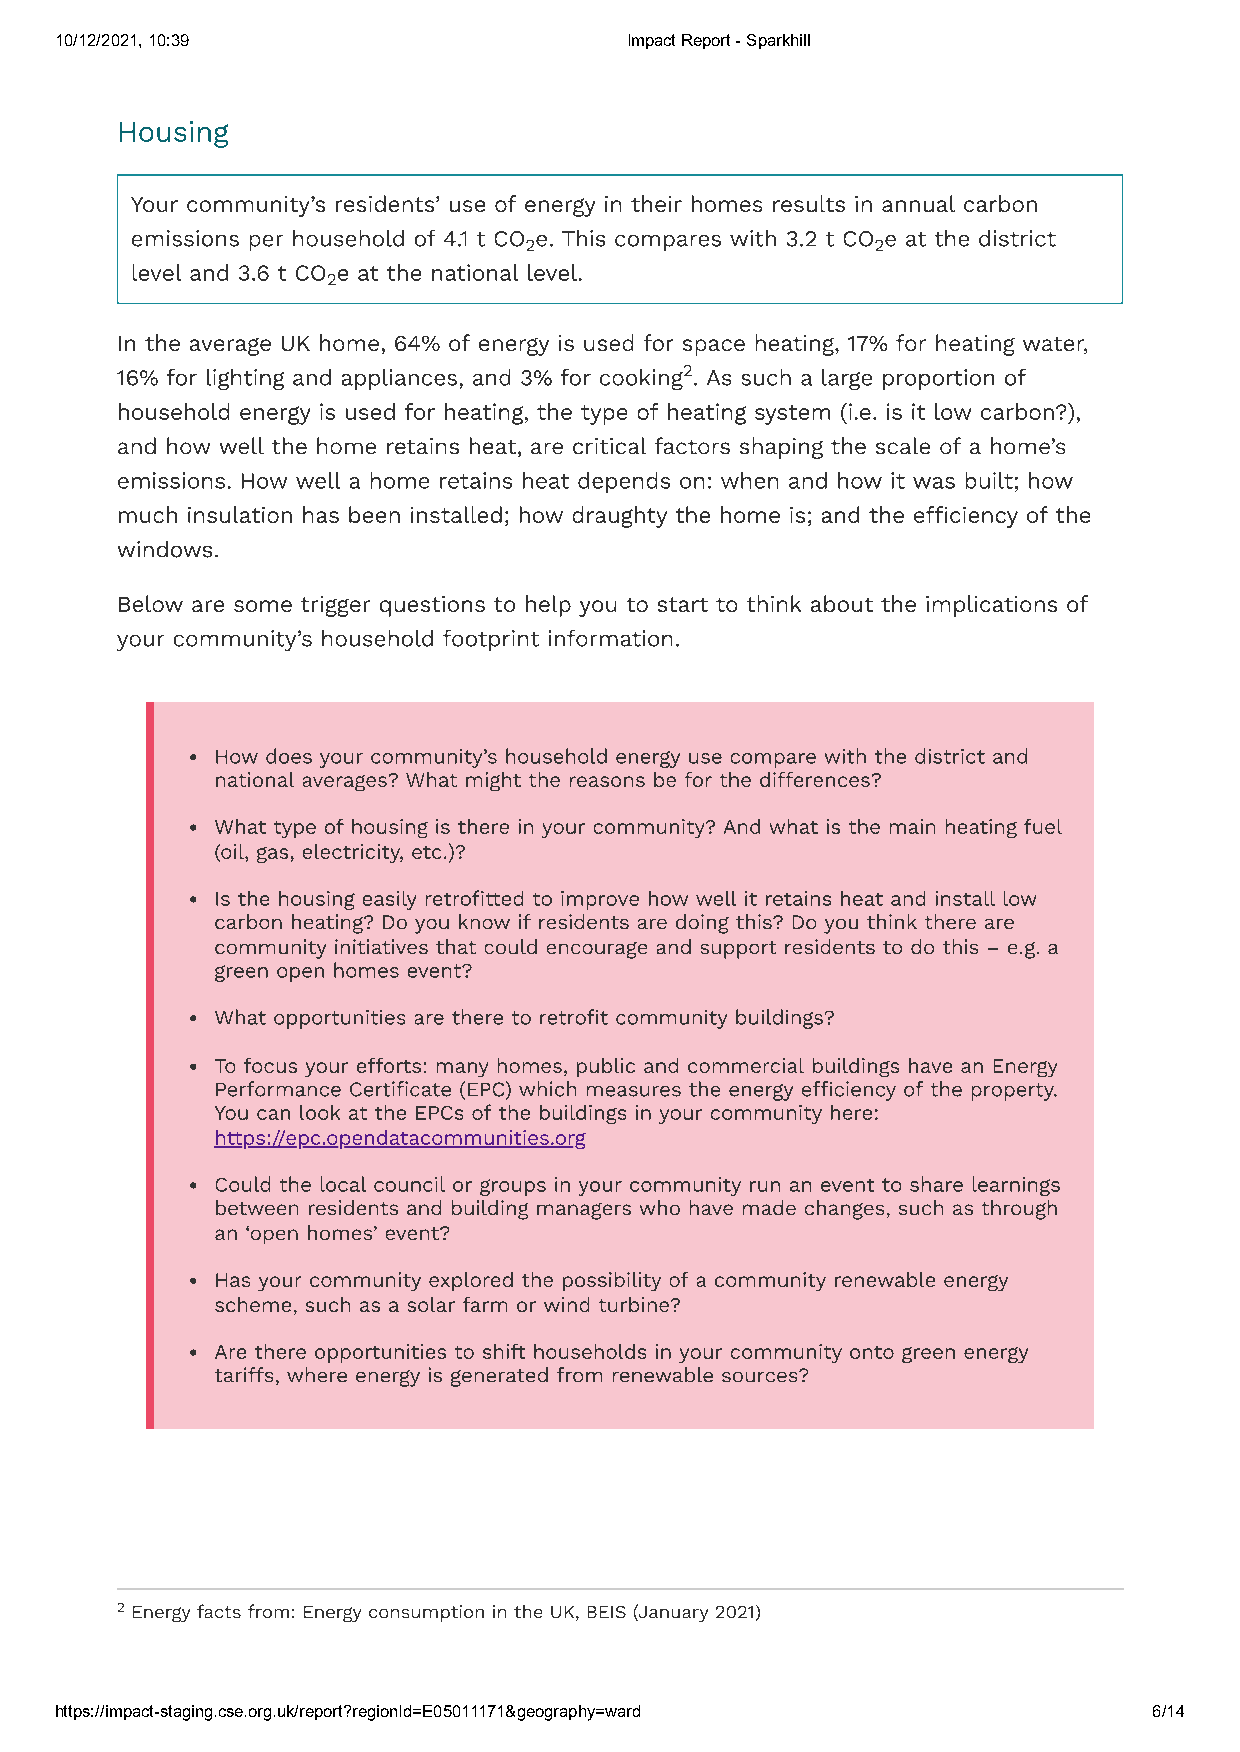
10/12/2021, 10:39                    Impact Report - Sparkhill
 Housing
 Your community’s residents’ use of energy in their homes results in annual carbon
 emissions per household of 4.1 t CO e. This compares with 3.2 t CO e at the district
 2                      2
 level and 3.6 t CO e at the national level.
 2
 In the average UK home, 64% of energy is used for space heating, 17% for heating water,
 16% for lighting and appliances, and 3% for cooking2. As such a large proportion of
 household energy is used for heating, the type of heating system (i.e. is it low carbon?),
 and how well the home retains heat, are critical factors shaping the scale of a home’s
 emissions. How well a home retains heat depends on: when and how it was built; how
 much insulation has been installed; how draughty the home is; and the efficiency of the
 windows.
 Below are some trigger questions to help you to start to think about the implications of
 your community’s household footprint information.
 How does your community’s household energy use compare with the district and
 national averages? What might the reasons be for the differences?
 What type of housing is there in your community? And what is the main heating fuel
 (oil, gas, electricity, etc.)?
 Is the housing easily retrofitted to improve how well it retains heat and install low
 carbon heating? Do you know if residents are doing this? Do you think there are
 community initiatives that could encourage and support residents to do this – e.g. a
 green open homes event?
 What opportunities are there to retrofit community buildings?
 To focus your efforts: many homes, public and commercial buildings have an Energy
 Performance Certificate (EPC) which measures the energy efficiency of the property.
 You can look at the EPCs of the buildings in your community here:
 https://epc.opendatacommunities.org
 Could the local council or groups in your community run an event to share learnings
 between residents and building managers who have made changes, such as through
 an ‘open homes’ event?
 Has your community explored the possibility of a community renewable energy
 scheme, such as a solar farm or wind turbine?
 Are there opportunities to shift households in your community onto green energy
 tariffs, where energy is generated from renewable sources?
 2 Energy facts from: Energy consumption in the UK, BEIS (January 2021)
 https://impact-staging.cse.org.uk/report?regionId=E05011171&geography=ward 6/14